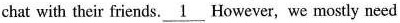
chat with their friends. \underline{1} However, we mostly need